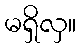
မရှိလှ။